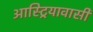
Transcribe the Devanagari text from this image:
आस्ट्रियावासी